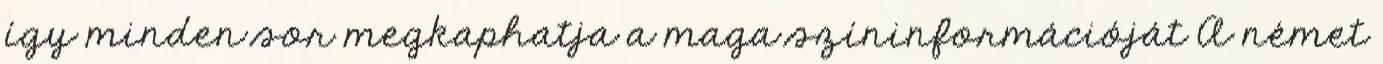
így minden sor megkaphatja a maga színinformációját A német